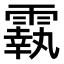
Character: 𩅀